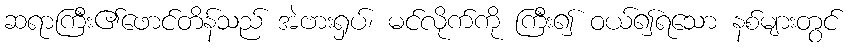
ဆရာကြီး၏ဖောင်တိန်သည် အဲဗားရှပ်၊ မင်လိုက်ကို ကြီး၍ ဝယ်၍ရသော နစ်များတွင်